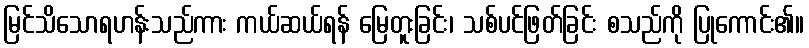
မြင်သိသောရဟန်းသည်ကား ကယ်ဆယ်ရန် မြေတူးခြင်း၊ သစ်ပင်ဖြတ်ခြင်း စသည်ကို ပြုကောင်း၏။